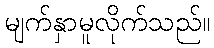
မျက်နှာမူလိုက်သည်။